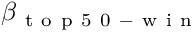
\beta _ { \mathrm { ~ t ~ o ~ p ~ 5 ~ 0 ~ - ~ w ~ i ~ n ~ } }